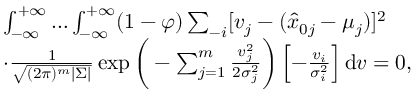
\begin{array} { r l } & { \int _ { - \infty } ^ { + \infty } \ldots \int _ { - \infty } ^ { + \infty } ( 1 - \varphi ) \sum _ { - i } [ v _ { j } - ( \hat { x } _ { 0 j } - \mu _ { j } ) ] ^ { 2 } } \\ & { \cdot \frac { 1 } { \sqrt { ( 2 \pi ) ^ { m } | { \Sigma } | } } \exp \bigg ( - \sum _ { j = 1 } ^ { m } \frac { v _ { j } ^ { 2 } } { 2 \sigma _ { j } ^ { 2 } } \bigg ) \left[ - \frac { v _ { i } } { \sigma _ { i } ^ { 2 } } \right] \mathrm { d } { v } = 0 , } \end{array}